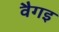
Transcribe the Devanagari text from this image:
वैगइ